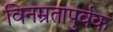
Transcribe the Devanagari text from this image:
विनम्रतापुर्वक